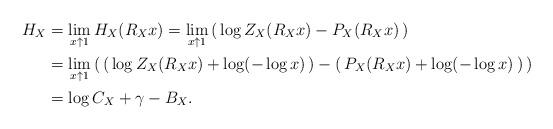
LaTeX: \begin{align*}H_{X} &= \lim_{x \uparrow 1} H_{X}(R_{X} x) = \lim_{x \uparrow 1} \left( \, \log Z_{X}(R_{X} x)- P_{X}(R_{X} x) \, \right) \\ &= \lim_{x \uparrow 1} \left( \, \left(\, \log Z_{X}(R_{X}x)+ \log(-\log x) \, \right)- \left( \, P_{X}(R_{X}x)+ \log(-\log x) \, \right) \, \right) \\ &= \log C_{X}+ \gamma- B_{X}. \end{align*}